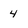
Character: 4